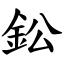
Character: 鈆